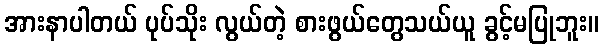
အားနာပါတယ် ပုပ်သိုး လွယ်တဲ့ စားဖွယ်တွေသယ်ယူ ခွင့်မပြုဘူး။